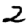
Digit: 2